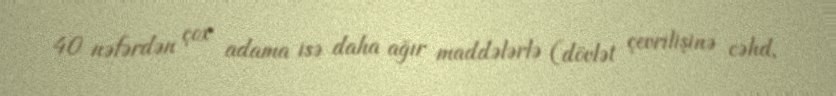
40 nəfərdən çox adama isə daha ağır maddələrlə (dövlət çevrilişinə cəhd,